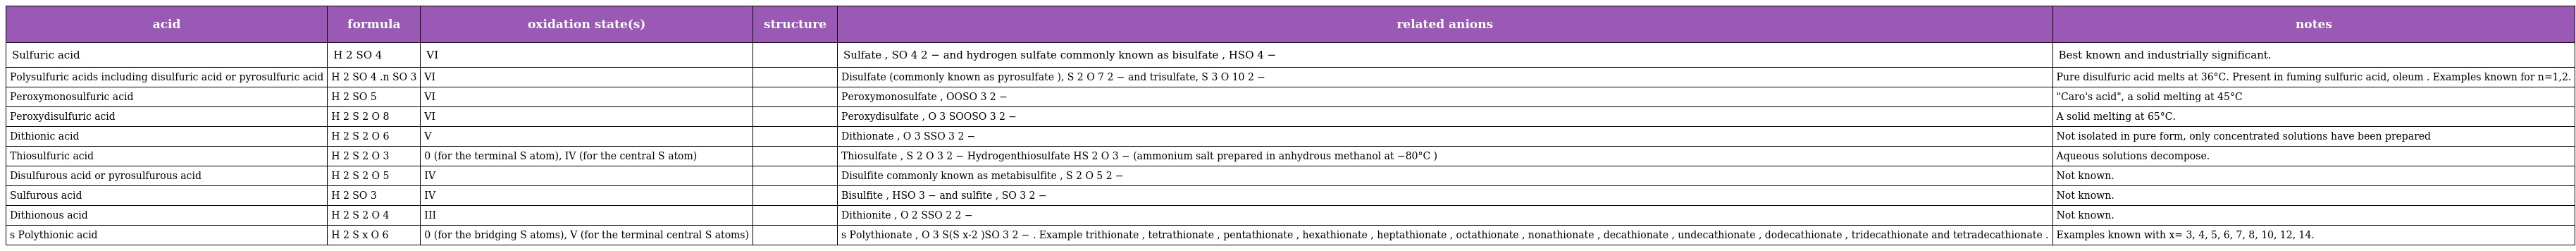
| acid | formula | oxidation state(s) | structure | related anions | notes |
 | --- | --- | --- | --- | --- | --- |
 | Sulfuric acid | H 2 SO 4 | VI |  | Sulfate , SO 4 2 − and hydrogen sulfate commonly known as bisulfate , HSO 4 − | Best known and industrially significant. |
 | Polysulfuric acids including disulfuric acid or pyrosulfuric acid | H 2 SO 4 .n SO 3 | VI |  | Disulfate (commonly known as pyrosulfate ), S 2 O 7 2 − and trisulfate, S 3 O 10 2 − | Pure disulfuric acid melts at 36°C. Present in fuming sulfuric acid, oleum . Examples known for n=1,2. |
 | Peroxymonosulfuric acid | H 2 SO 5 | VI |  | Peroxymonosulfate , OOSO 3 2 − | "Caro's acid", a solid melting at 45°C |
 | Peroxydisulfuric acid | H 2 S 2 O 8 | VI |  | Peroxydisulfate , O 3 SOOSO 3 2 − | A solid melting at 65°C. |
 | Dithionic acid | H 2 S 2 O 6 | V |  | Dithionate , O 3 SSO 3 2 − | Not isolated in pure form, only concentrated solutions have been prepared |
 | Thiosulfuric acid | H 2 S 2 O 3 | 0 (for the terminal S atom), IV (for the central S atom) |  | Thiosulfate , S 2 O 3 2 − Hydrogenthiosulfate HS 2 O 3 − (ammonium salt prepared in anhydrous methanol at −80°C ) | Aqueous solutions decompose. |
 | Disulfurous acid or pyrosulfurous acid | H 2 S 2 O 5 | IV |  | Disulfite commonly known as metabisulfite , S 2 O 5 2 − | Not known. |
 | Sulfurous acid | H 2 SO 3 | IV |  | Bisulfite , HSO 3 − and sulfite , SO 3 2 − | Not known. |
 | Dithionous acid | H 2 S 2 O 4 | III |  | Dithionite , O 2 SSO 2 2 − | Not known. |
 | s Polythionic acid | H 2 S x O 6 | 0 (for the bridging S atoms), V (for the terminal central S atoms) |  | s Polythionate , O 3 S(S x-2 )SO 3 2 − . Example trithionate , tetrathionate , pentathionate , hexathionate , heptathionate , octathionate , nonathionate , decathionate , undecathionate , dodecathionate , tridecathionate and tetradecathionate . | Examples known with x= 3, 4, 5, 6, 7, 8, 10, 12, 14. |